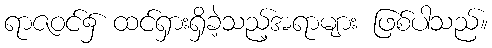
ရာဇဝင်၌ ထင်ရှားရှိခဲ့သည့်အရာများ ဖြစ်ပါသည်။